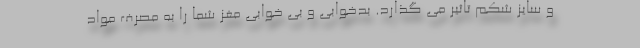
و سایز شکم تاثیر می گذارد. بدخوابی و بی خوابی مغز شما را به مصرف مواد